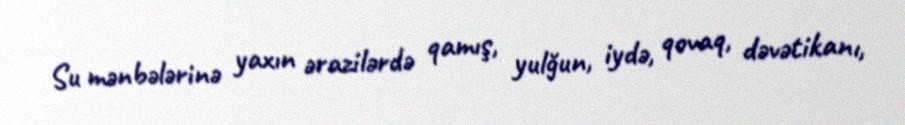
Su mənbələrinə yaxın ərazilərdə qamış, yulğun, iydə, qovaq, dəvətikanı,